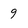
Character: 9